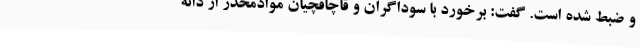
و ضبط شده است. گفت: برخورد با سوداگران و قاچاقچیان موادمخدر از دانه